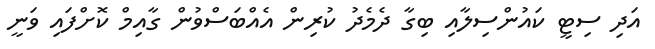
އަދި ސިޓީ ކައުންސިލާއި ބިގާ ދެމެދު ކުރިން އެއްބަސްވުން ގާއިމް ކޮށްފައި ވަނީ